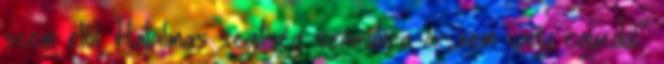
szem elôl. Hatalmas segítség számukra a „nem vagy egyedül”